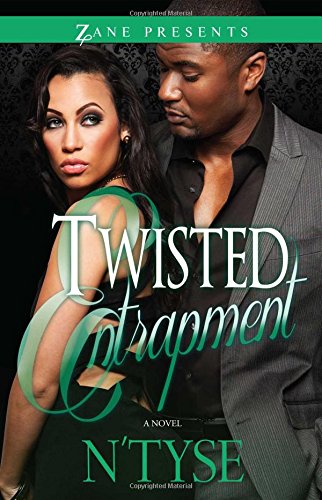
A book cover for Twisted Entrapment; N'Tyse; Romance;